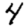
Digit: 4